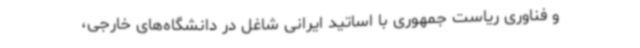
و فناوری ریاست جمهوری با اساتید ایرانی شاغل در دانشگاه‌های خارجی،